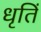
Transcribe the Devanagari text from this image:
धृतिं